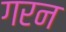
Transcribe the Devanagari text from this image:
गरन